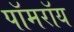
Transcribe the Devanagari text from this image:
पॉमरॉय